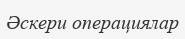
Әскери операциялар